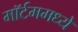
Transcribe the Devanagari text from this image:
मॉर्टममध्ये